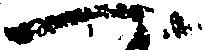
へ